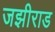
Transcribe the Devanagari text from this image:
जझीराड